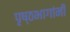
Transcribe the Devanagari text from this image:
पृष्ठभागांनी